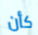
كأن